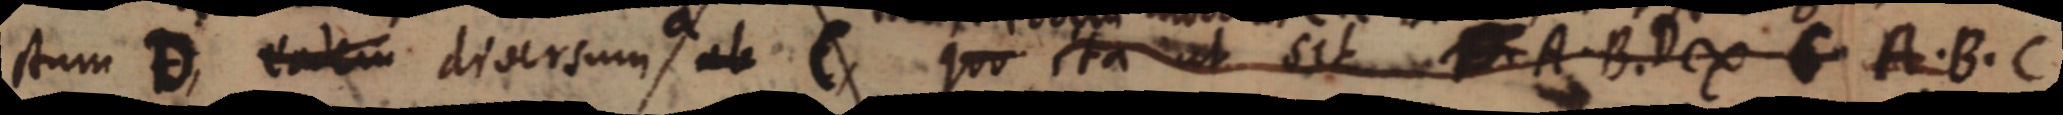
stum D, eadem diversum ab C, quo ta ut sit A. B. D ∞ C A. B. C